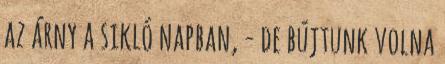
az árny a sikló napban, - de bújtunk volna